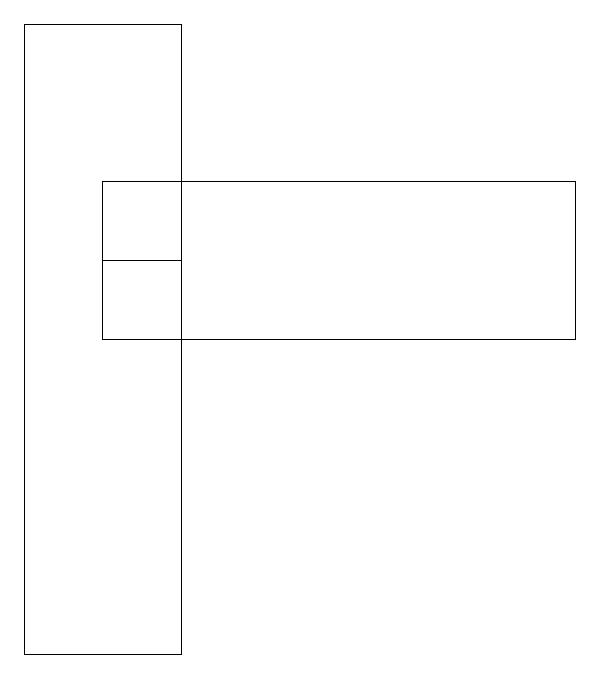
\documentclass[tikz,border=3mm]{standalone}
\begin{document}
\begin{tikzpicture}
\draw (2,15) rectangle (1,15);
\draw (2,18) rectangle (0,10);
\draw (1,14) rectangle (7,16);
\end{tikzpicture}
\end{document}